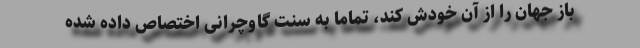
باز جهان را از آن خودش کند، تماما به سنت گاوچرانی اختصاص داده شده